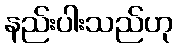
နည်းပါးသည်ဟု